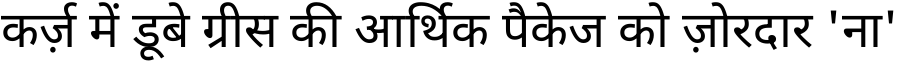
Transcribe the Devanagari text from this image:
कर्ज़ में डूबे ग्रीस की आर्थिक पैकेज को ज़ोरदार 'ना'